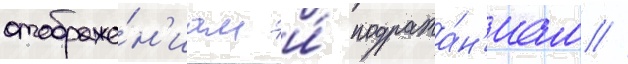
отображе́н'иам и́ подража́н'иам //